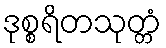
ဒုစ္စရိတသုတ္တံ